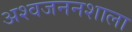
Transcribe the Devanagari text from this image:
अश्वजननशाला